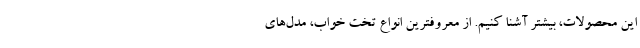
این محصولات، بیشتر آشنا کنیم. از معروفترین انواع تخت خواب، مدل‌های